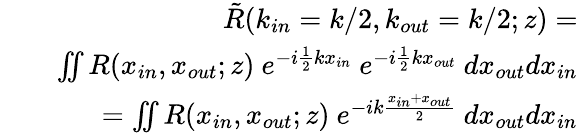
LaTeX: \begin{array}{rlr}&{}&{\tilde{R}(k_{in}=k/2,k_{out}=k/2;z)=}\\ &{}&{\iint{R(x_{in},x_{out};z)~e^{-i\frac{1}{2}kx_{in}}~e^{-i\frac{1}{2}kx_{out}}~dx_{out}dx_{in}}}\\ &{}&{=\iint{R(x_{in},x_{out};z)~e^{-ik\frac{x_{in}+x_{out}}{2}}~dx_{out}dx_{in}}}\end{array}